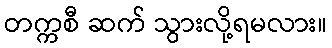
တက္ကစီ ဆက် သွားလို့ရမလား။